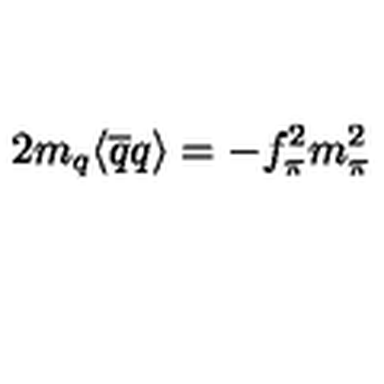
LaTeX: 2 m _ { q } \langle \overline { { q } } q \rangle = - f _ { \pi } ^ { 2 } m _ { \pi } ^ { 2 }